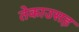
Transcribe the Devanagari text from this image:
तेकाउसह